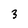
Character: 3